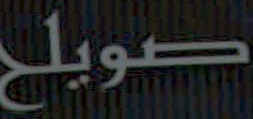
صويلح